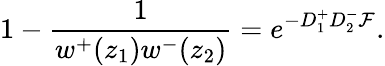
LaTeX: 1-\frac 1{w^{+}(z_{1})w^{-}(z_{2})}=e^{-D_{1}^{+}D_{2}^{-}{\cal F}}.